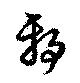
邪